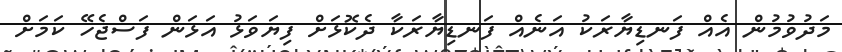
މަދުވުމުން އެއް ފަނޑިޔާރަކު އަނެއް ފަނޑިޔާރަކާ ދެކޮޅަށް ފިޔަވަޅު އަޅަން ފަސްޖެހޭ ކަމަށް